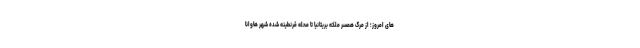
های امروز؛ از مرگ همسر ملکه بریتانیا تا محله قرنطینه شده شهر هاوانا